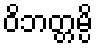
ဝိဘတ္တမ္ပိ